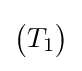
{\begin{pmatrix}T_{1}\end{pmatrix}}